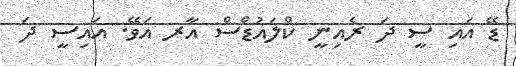
ޑޭ އައި ސީ ދަ ރެއިނީ ކްލައުޑްސް އާރ އަވޭ. އައިސީ ދަ